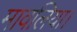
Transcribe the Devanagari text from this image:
मावलिया।